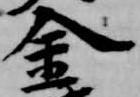
金